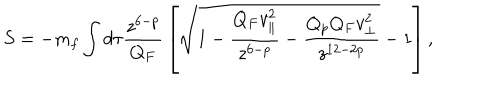
S = - m _ { f } \int d \tau { \frac { z ^ { 6 - p } } { Q _ { F } } } \left[ \sqrt { 1 - { \frac { Q _ { F } v _ { \parallel } ^ { 2 } } { z ^ { 6 - p } } } - { \frac { Q _ { p } Q _ { F } v _ { \perp } ^ { 2 } } { z ^ { 1 2 - 2 p } } } } - 1 \right] ,